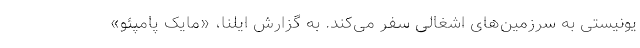
یونیستی به سرزمین‌های اشغالی سفر می‌کند. به گزارش ایلنا، «مایک پامپئو»